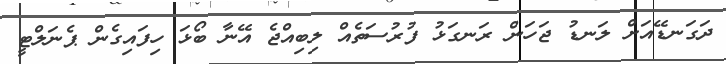
ދަގަނޑޭއަށް ލަނޑު ޖަހަން ރަނގަޅު ފުރުސަތެއް ލިބިއްޖެ އޭނާ ބޯޅަ ހިފައިގެން ޕެނަލްޓީ